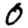
Digit: 0